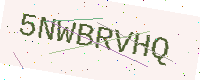
Text: 5NWBRVHQ